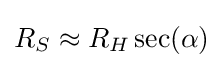
R_{S}\approx R_{H}\sec(\alpha )